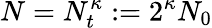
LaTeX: N=N_{t}^{\kappa}:=2^{\kappa}N_{0}